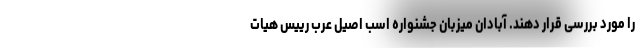
را مورد بررسی قرار دهند. آبادان میزبان جشنواره اسب اصیل عرب رییس هیات